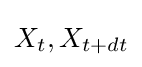
X_{t},X_{t+dt}